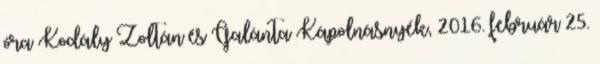
óra Kodály Zoltán és Galánta Kápolnásnyék, 2016. február 25.